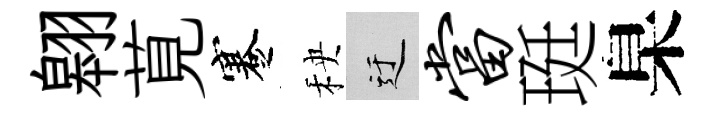
翱莧蹇秧迂当珽臬